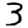
Digit: 3